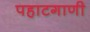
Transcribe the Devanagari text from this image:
पहाटगाणी